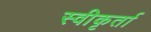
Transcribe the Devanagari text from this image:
स्वीकृर्ता